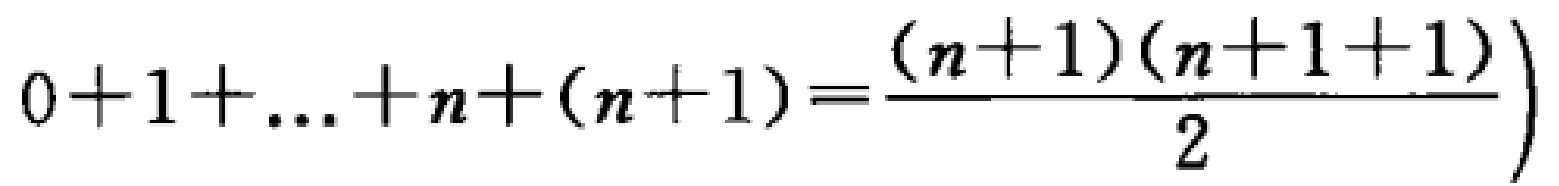
\(0 + 1+\ldots + n+(n + 1)=\frac{(n + 1)(n + 1 + 1)}{2}\)